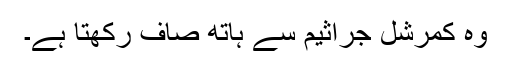
وہ کمرشل جراثیم سے ہاتھ صاف رکھتا ہے۔